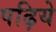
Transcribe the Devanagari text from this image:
पढ़िये